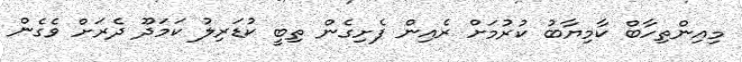
މިއިންތިހާބް ކާމިޔާބު ކުރުމަށް ރެއިން ފެށިގެން ތިބީ ކުޑަރިލު ކަމަދޫ ދެރަށް ވެގެން